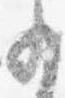
少